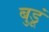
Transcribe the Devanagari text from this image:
बुडूं